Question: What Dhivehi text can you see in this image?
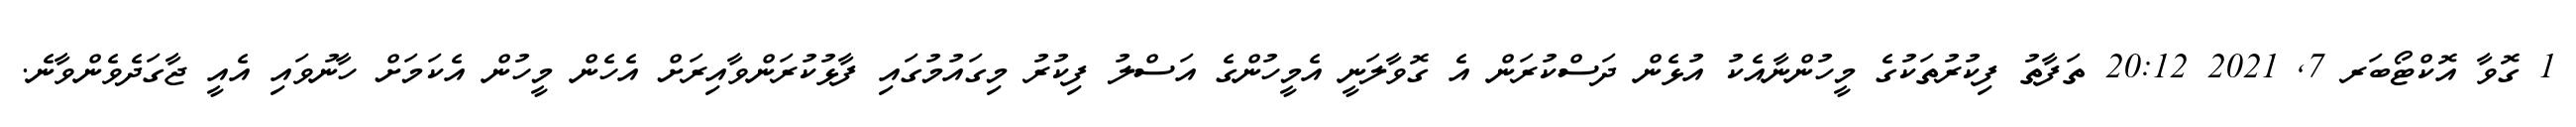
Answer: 1 ގޮވާ އޮކްޓޯބަރ 7, 2021 20:12 ތަފާތު ފިކުރުތަކުގެ މީހުންނާއެކު އުޅެން ދަސްކުރަން އެ ގޮވާލަނީ އެމީހުންގެ އަސްލު ފިކުރު މިގައުމުގައި ފާޅުކުރަންވާއިރަށް އެހެން މީހުން އެކަމަށް ހާނުވައި އެއީ ޖާގަދެވެންވާނެ.